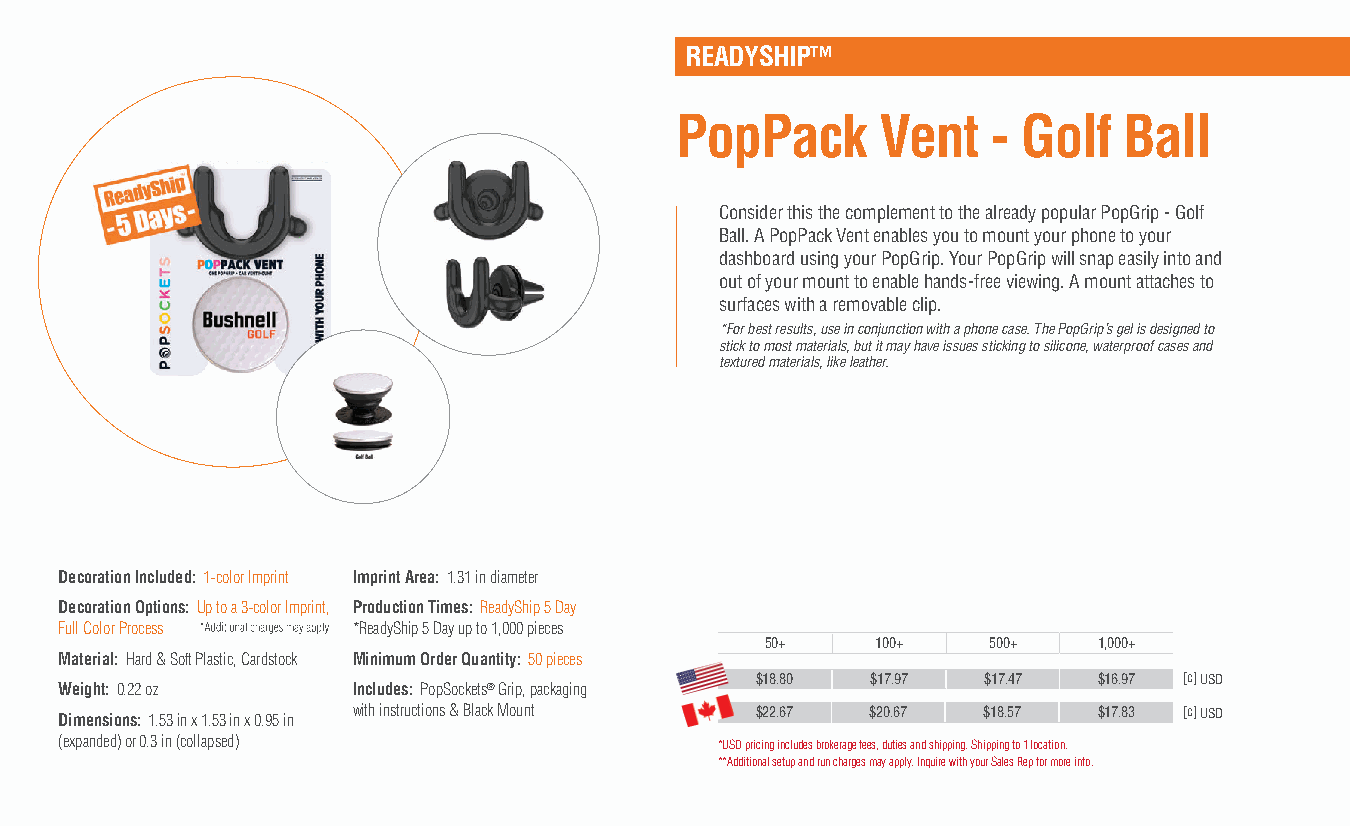
READYSHIP™
 PopPack      Vent    - Golf  Ball
 Consider this the complement to the already popular PopGrip - Golf
 Ball. A PopPack Vent enables you to mount your phone to your
 dashboard using your PopGrip. Your PopGrip will snap easily into and
 out of your mount to enable hands-free viewing. A mount attaches to
 surfaces with a removable clip.
 *For best results, use in conjunction with a phone case. The PopGrip’s gel is designed to
 stick to most materials, but it may have issues sticking to silicone, waterproof cases and
 textured materials, like leather.
 Decoration Included: 1-color Imprint Imprint Area: 1.31 in diameter
 Decoration Options: Up to a 3-color Imprint, Production Times: ReadyShip 5 Day
 Full Color Process *ReadyShip 5 Day up to 1,000 pieces
 50+    100+   500+    1,000+
 Material: Hard & Soft Plastic, Cardstock Minimum Order Quantity: 50 pieces
 $18.80  $17.97 $17.47  $16.97 [c] USD
 Weight: 0.22 oz    Includes: PopSockets® Grip, packaging
 Dimensions: 1.53 in x 1.53 in x 0.95 in with instructions & Black Mount $22.67 $20.67 $18.57 $17.83 [c] USD
 (expanded) or 0.3 in (collapsed)            *USD pricing includes brokerage fees, duties and shipping. Shipping to 1 location.
 **Additional setup and run charges may apply. Inquire with your Sales Rep for more info.